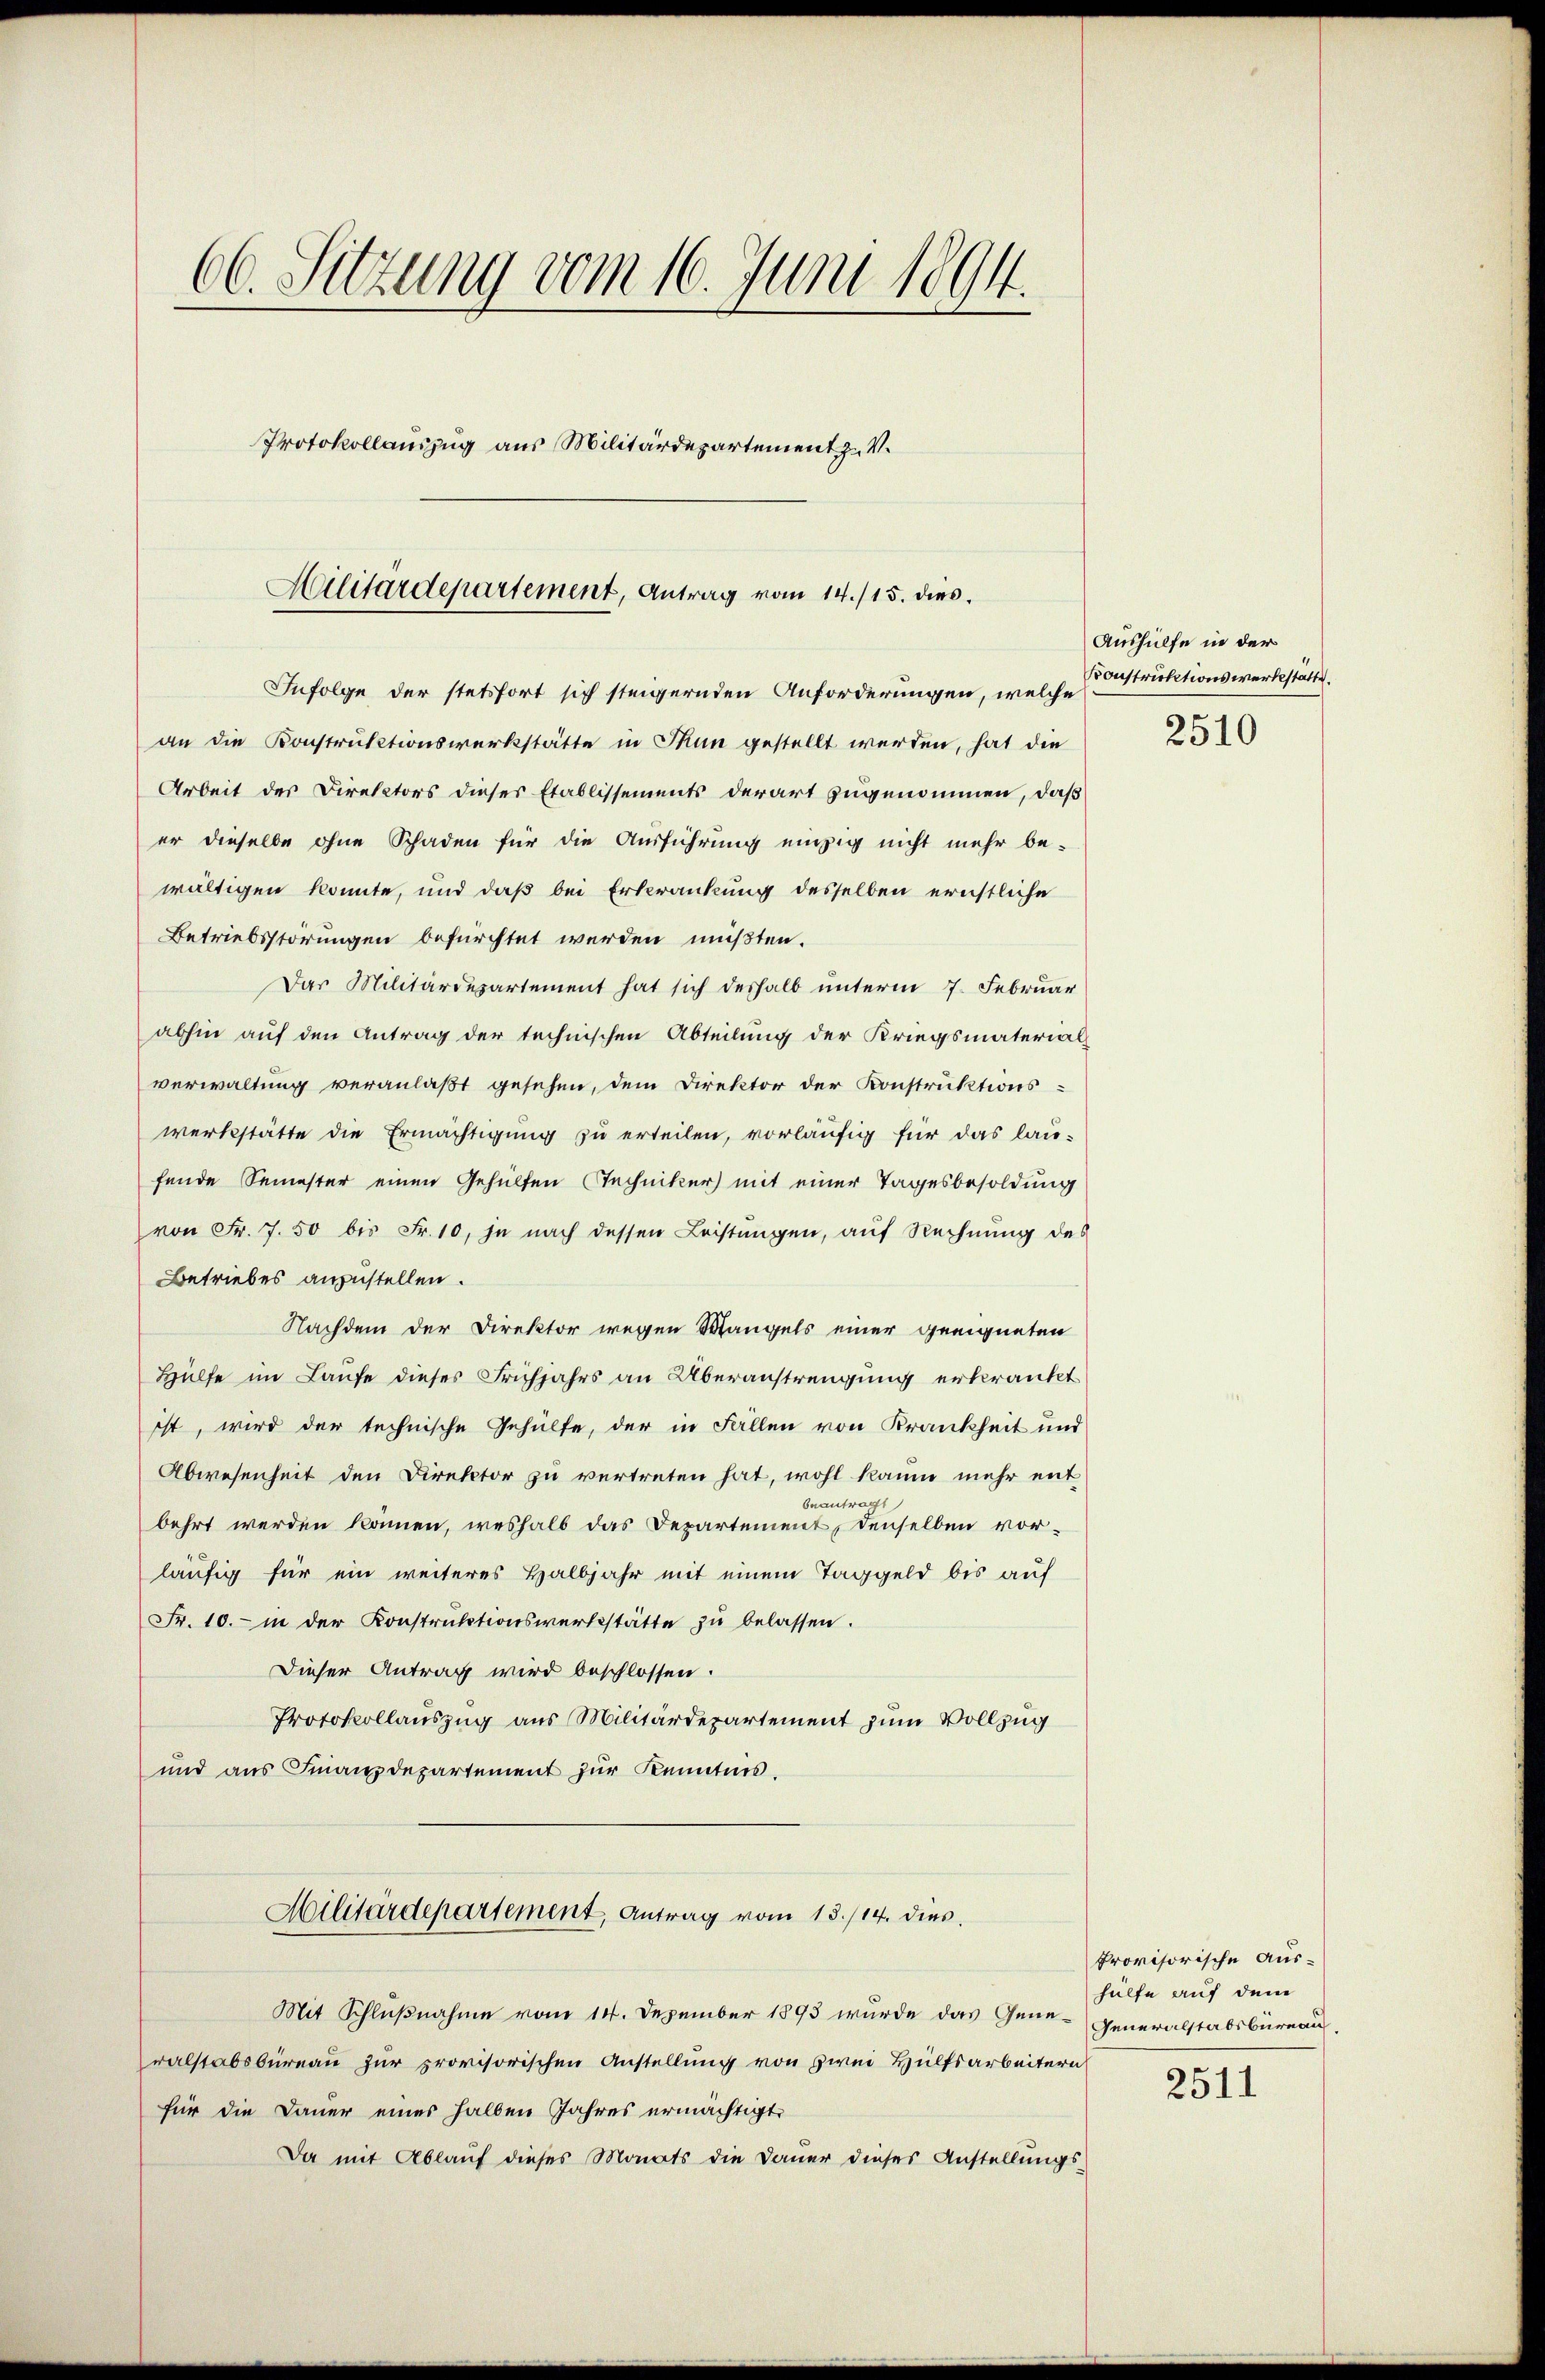
66. Sitzung vom 16. Juni 1894.
Protokollauszug aus Militärdepartement z. V.
Militärdepartement, Antrag vom 14./15. dies

Infolge der stetsfort sich steigernden Anforderungen, welche
an die Konstruktionswerkstätte in Thun gestellt werden, hat die
Arbeit des Direktors dieses Etablissements derart zugenommen, daß
er dieselbe ohne Schaden für die Ausführung einzig nicht mehr be-
wältigen konnte, und daß bei Erkrankung desselben ernstliche
Betriebsstörungen befürchtet werden müßten.
Das Militärdepartement hat sich deshalb unterm 7. Februar
abhin auf den Antrag der technischen Abteilung der Kriegsmaterial
verwaltung veranlaßt gesehen, dem Direktor der Konstruktions-
werkstätte die Ermächtigung zu erteilen, vorläufig für das lau-
fende Semester einen Gehülten Techniker mit einer Tagesbesoldung
von Fr. 7. 50 bis Fr. 10, je nach dessen Leistungen, auf Rechnung des
Betriebes anzustellen.
Nachdem der Direktor wegen Wangels einer geeigneten
Hülfe im Laufe dieses Frühjahrs an Überanstrengung erkrankt
ist, wird der technische Gehülfe, der in Fällen von Krankheit und
Abwesenheit den Direktor zu vertreten hat, wohl kaum mehr ent
beantragt
behrt werden können, weshalb das Departement, denselben vor-
läufig für ein weiteres Halbjahr mit einem Taggeld bis auf
Fr. 10.- in der Konstruktionswerkstätte zŭ belassen.
Dieser Antrag wird beschlossen.
Protokollauszug aus Militärdepartement zum Vollzug
und ans Finanzdepartement zŭr Kenntnis.
Hilitärdepartement, Antrag vom 13./14. dies
Mit Schlußnahme vom 14. Dezember 1893 wurde das Gene-Generalstabsbureau.
ralstabsbureau zur provisorischen Anstellung von zwei Hülfsarbeitern
für die Dauer eines halben Jahres ermächtigt,
Da mit Ablauf dieses Monats die Dauer dieses Anstellungs-

Aushülfe in der
Konstruktionswerbestätte.
2510

Provisorische Aus-
hülfe auf dem

2511